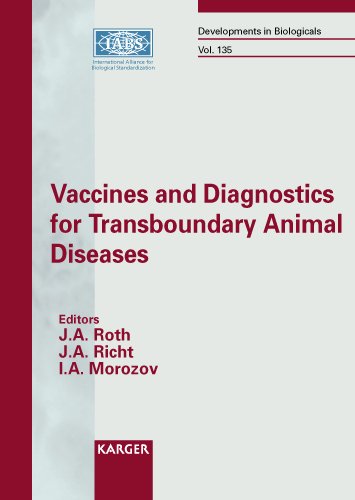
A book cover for Vaccines and Diagnostics for Transboundary Animal Diseases: International Symposium, Ames, Iowa, September 2012: Proceedings (Developments in Biologicals, Vol. 135); Medical Books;